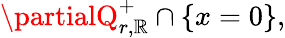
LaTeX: \partialQ_{r,\mathbb{R}}^{+}\cap\{ x=0\} ,